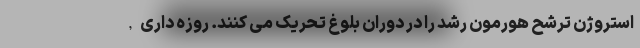
استروژن ترشح هورمون رشد را در دوران بلوغ تحریک می کنند. روزه داری,